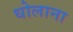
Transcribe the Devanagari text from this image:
धोलाना